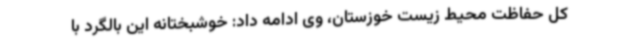
کل حفاظت محیط زیست خوزستان، وی ادامه داد: خوشبختانه این بالگرد با